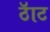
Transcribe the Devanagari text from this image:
ठॅाट